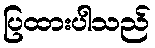
ပြထားပါသည်